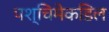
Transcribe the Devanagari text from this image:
पश्चिमेकडिल